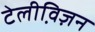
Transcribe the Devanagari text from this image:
टेलीवि़ज़न